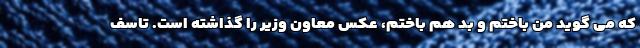
که می گوید من باختم و بد هم باختم، عکس معاون وزیر را گذاشته است. تاسف